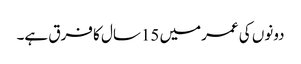
دونوں کی عمرمیں 15سال کا فرق ہے۔